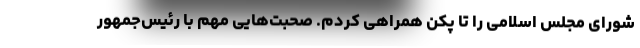
شورای مجلس اسلامی را تا پکن همراهی کردم. صحبت‌هایی مهم با رئیس‌جمهور